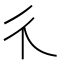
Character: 𱝪